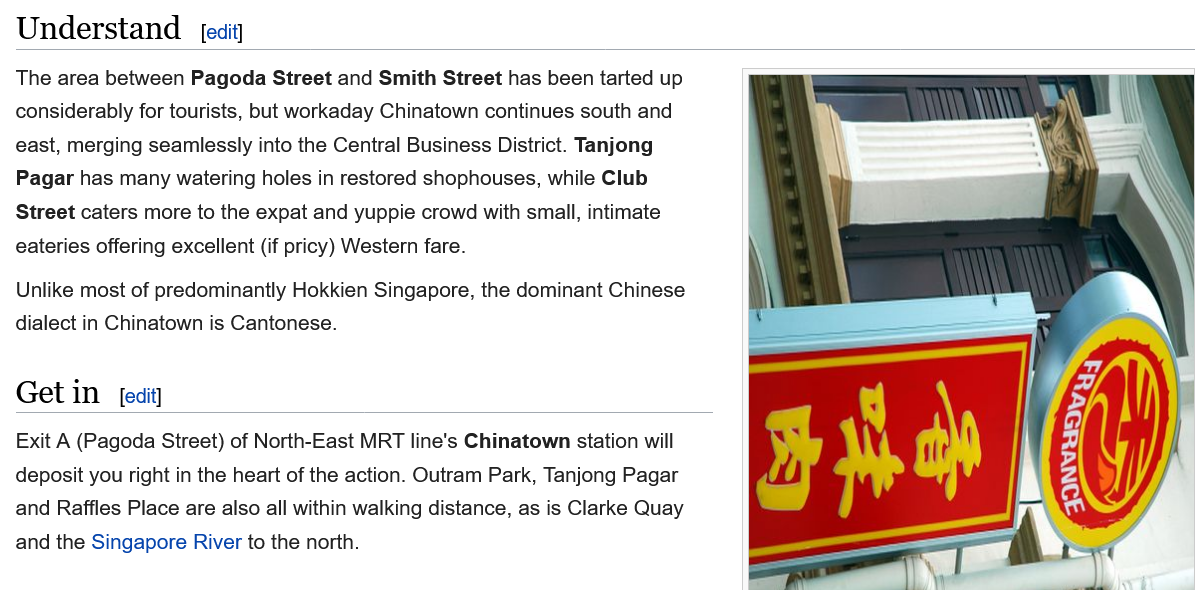
Understand
  Exit A (Pagoda Street) of North-East MRT line's Chinatown station will
  deposit you right in the heart of the action. Outram Park, Tanjong Pagar
  and Raffles Place are also all within walking distance, as is Clarke Quay
  and the Singapore River to the north.
  Unlike most of predominantly Hokkien Singapore, the dominant Chinese
  dialect in Chinatown is Cantonese.
  The area between Pagoda Street and Smith Street has been tarted up
  considerably for tourists, but workaday Chinatown continues south and
  east, merging seamlessly into the Central Business District. Tanjong
  Pagar has many watering holes in restored shophouses, while Club
  Street caters more to the expat and yuppie crowd with small, intimate
  eateries offering excellent (if pricy) Western fare.
     [edit]
  Get  in   [edit]